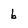
Character: b